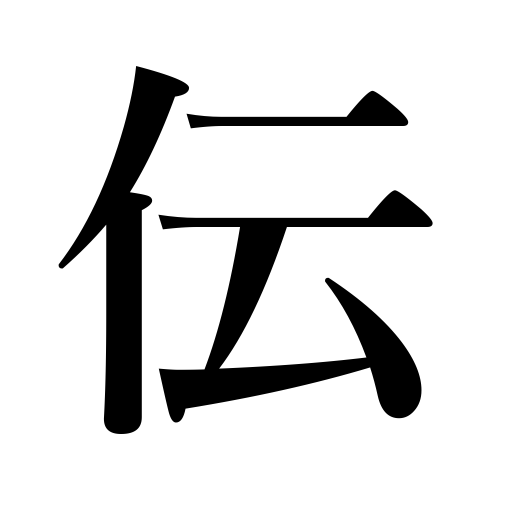
Meanings: tell,be transmitted,teach,go along,impart,propagate,communicating,commentary,report,bequeath,follow,biography,life,transmit,walk along,tradition,be circulated,be introduced into,legend